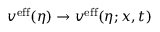
v ^ { \mathrm { e f f } } ( \eta ) \to v ^ { \mathrm { e f f } } ( \eta ; x , t )